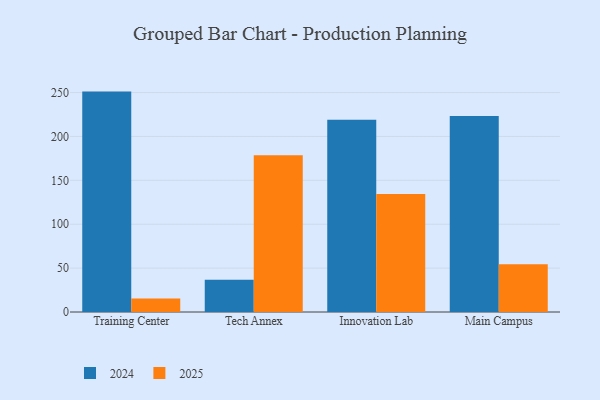
{"axis": {"x": "Campus", "y": "LTV (USD)"}, "legend": ["2024", "2025"], "data": [{"x": "Training Center", "y": 15.5, "type": "2025"}, {"x": "Training Center", "y": 251.1, "type": "2024"}, {"x": "Tech Annex", "y": 178.6, "type": "2025"}, {"x": "Tech Annex", "y": 36.7, "type": "2024"}, {"x": "Innovation Lab", "y": 134.4, "type": "2025"}, {"x": "Innovation Lab", "y": 219.0, "type": "2024"}, {"x": "Main Campus", "y": 54.4, "type": "2025"}, {"x": "Main Campus", "y": 223.3, "type": "2024"}]}